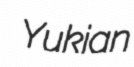
Yukian